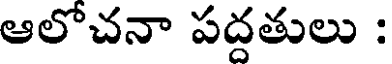
ఆలోచనా పద్దతులు :